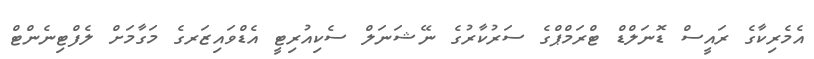
އެމެރިކާގެ ރައީސް ޑޮނަލްޑް ޓްރަމްޕްގެ ސަރުކާރުގެ ނޭޝަނަލް ސެކިއުރިޓީ އެޑްވައިޒަރގެ މަގާމަށް ލެފްޓިނެންޓް